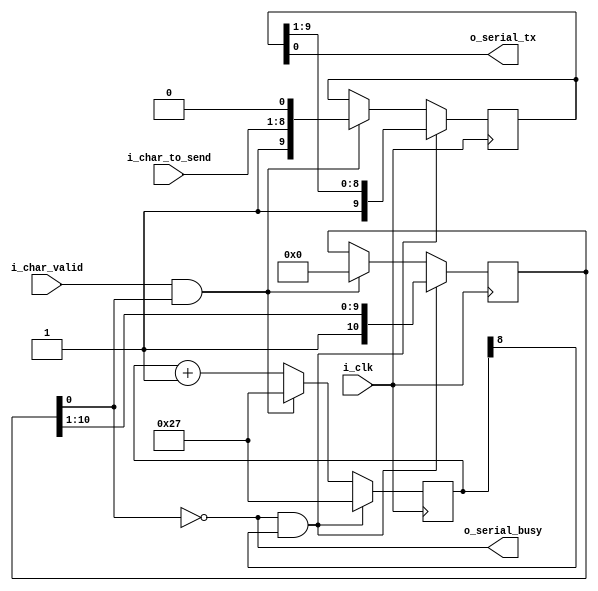
/*
    (c) Raphal Jacquot 2019
    
		This file is part of hp_saturn.

    hp_saturn is free software: you can redistribute it and/or modify
    it under the terms of the GNU General Public License as published by
    the Free Software Foundation, either version 3 of the License, or
    any later version.

    hp_saturn is distributed in the hope that it will be useful,
    but WITHOUT ANY WARRANTY; without even the implied warranty of
    MERCHANTABILITY or FITNESS FOR A PARTICULAR PURPOSE.  See the
    GNU General Public License for more details.

    You should have received a copy of the GNU General Public License
    along with Foobar.  If not, see <https://www.gnu.org/licenses/>.

 */

`default_nettype none

module saturn_serial (
    i_clk,

    i_char_to_send,
    i_char_valid,

    o_serial_tx,

    o_serial_busy
);

input  wire [0:0]  i_clk;

input  wire [7:0]  i_char_to_send;
input  wire [0:0]  i_char_valid;

output wire [0:0]  o_serial_tx;

output wire [0:0]  o_serial_busy;

/*
 *
 */

reg  [10:0]  clocking_reg;
reg  [9:0]  data_reg;

`ifdef SIM
`define BIT_DELAY_START 13'h0
`define BIT_DELAY_TEST  0
`else
/* 9600 */
// `define BIT_DELAY_START 13'h54D
//`define BIT_DELAY_TEST  12

/* 115200 */
`define BIT_DELAY_START 13'h27
`define BIT_DELAY_TEST  8

`endif

reg  [12:0] bit_delay;

initial begin
    bit_delay    = `BIT_DELAY_START;
    clocking_reg = {11{1'b1}};
    data_reg     = {10{1'b1}};
end

assign o_serial_busy = !clocking_reg[0];
assign o_serial_tx   = data_reg[0];

always @(posedge i_clk) begin
    bit_delay    <= bit_delay + 13'd1;

    // $display("%0d", bit_delay);
    if (i_char_valid && !o_serial_busy) begin
        // $write("%c", i_char_to_send);
        // $display("serial storing char %c", i_char_to_send);
        clocking_reg <= 11'b0;
        data_reg     <= { 1'b1, i_char_to_send, 1'b0 };
        bit_delay    <= `BIT_DELAY_START;
    end

    if (o_serial_busy && bit_delay[`BIT_DELAY_TEST]) begin
        // $display("%b %b %b", o_serial_tx, data_reg, clocking_reg);
        clocking_reg <= { 1'b1, clocking_reg[10:1] };
        data_reg     <= { 1'b1, data_reg[9:1]     };
        bit_delay    <= `BIT_DELAY_START;
    end
end

endmodule